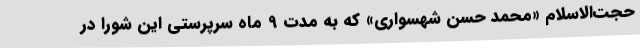
حجت‌الاسلام «محمد حسن شهسواری» که به مدت 9 ماه سرپرستی این شورا در